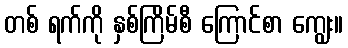
တစ် ရက်ကို နှစ်ကြိမ်စီ ကြောင်စာ ကျွေး။